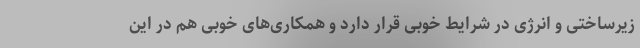
زیرساختی و انرژی در شرایط خوبی قرار دارد و همکاری‌های خوبی هم در این